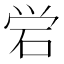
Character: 𬒈